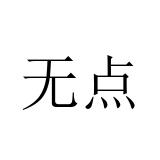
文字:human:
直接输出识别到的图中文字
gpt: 无点